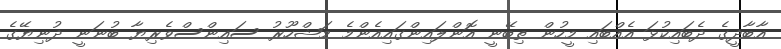
އާބާދީގެ ދެބައިކުޅަ އެއްބައި މީހުން ތިބޭނީ އޮންލައިންގައިއެންމެ މަޝްހޫރު ސައިންސްވެރިޔާ ބުނަނީ ދުނިޔޭގެ